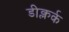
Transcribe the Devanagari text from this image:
डीक्लर्क